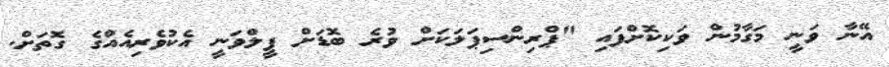
އޭނާ ވަނީ މަގާމުން ވަކިކޮށްފައި "ޕްރިންސިޕަލަކަށް ވުރެ ބޮޑަށް ފީލްވަނީ އެކުވެރިއެއްގެ ގޮތަށް.